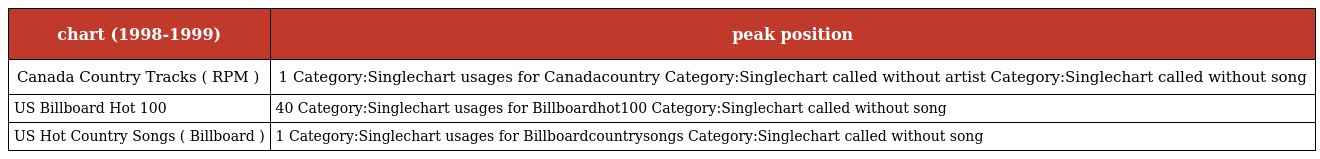
| chart (1998-1999) | peak position |
 | --- | --- |
 | Canada Country Tracks ( RPM ) | 1 Category:Singlechart usages for Canadacountry Category:Singlechart called without artist Category:Singlechart called without song |
 | US Billboard Hot 100 | 40 Category:Singlechart usages for Billboardhot100 Category:Singlechart called without song |
 | US Hot Country Songs ( Billboard ) | 1 Category:Singlechart usages for Billboardcountrysongs Category:Singlechart called without song |